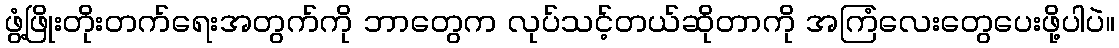
ဖွံ့ဖြိုးတိုးတက်ရေးအတွက်ကို ဘာတွေက လုပ်သင့်တယ်ဆိုတာကို အကြံလေးတွေပေးဖို့ပါပဲ။